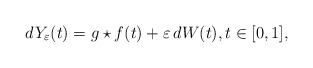
\begin{align*}dY_{\varepsilon}(t) = g \star f (t) + \varepsilon\, dW(t ), t \in [0,1], \end{align*}